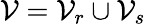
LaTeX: \mathcal{V}=\mathcal{V}_{r}\cup\mathcal{V}_{s}